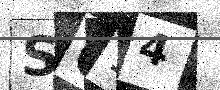
Text: SO14